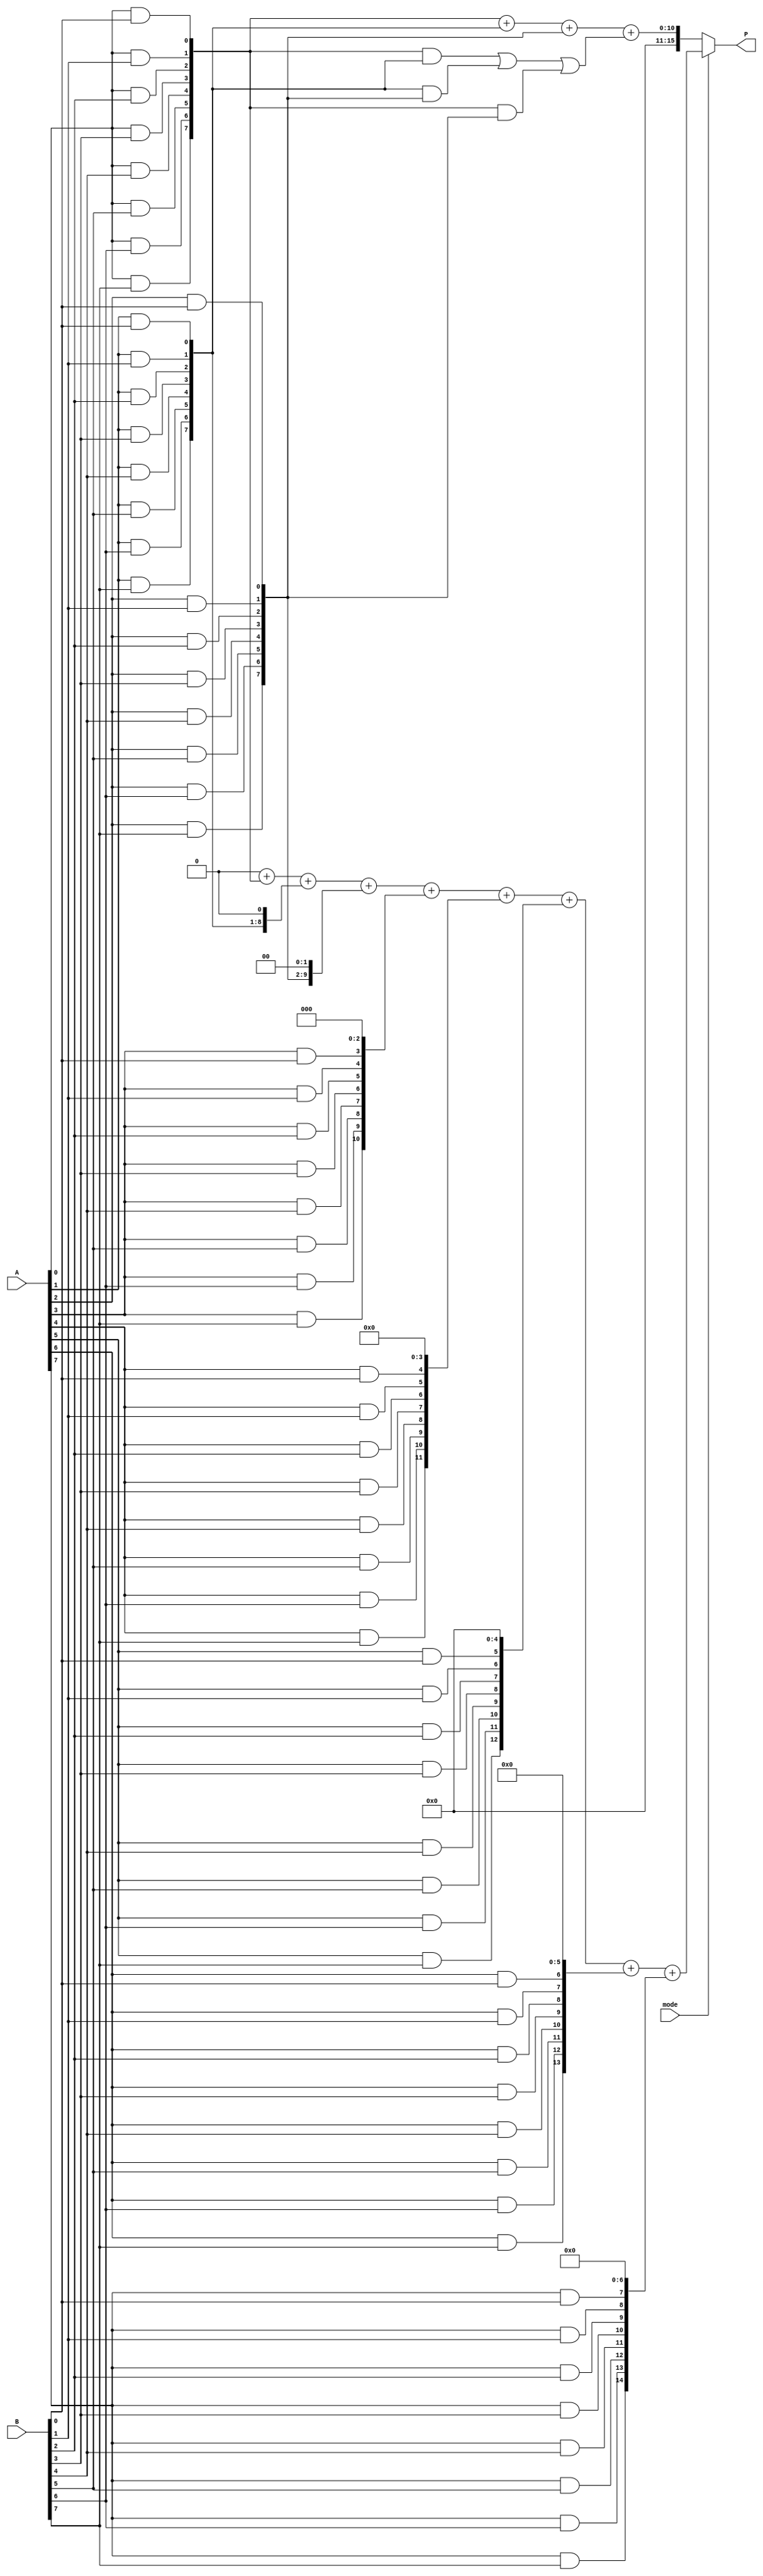
module dual_mode_multiplier #(parameter N = 8) (
    input  wire [N-1:0] A,        // Operand A
    input  wire [N-1:0] B,        // Operand B
    input  wire mode,              // Mode select (0: Wallace Tree, 1: Array Multiplier)
    output reg [2*N-1:0] P        // Product output
);

    // Internal signals for partial products
    wire [N-1:0] partial_products[N-1:0];
    wire [2*N-1:0] wallace_result;
    wire [2*N-1:0] array_result;

    // Generate partial products
    genvar i, j;
    generate
        for (i = 0; i < N; i = i + 1) begin : pp_gen
            for (j = 0; j < N; j = j + 1) begin : pp_and
                assign partial_products[i][j] = A[i] & B[j];
            end
        end
    endgenerate

    // Wallace Tree Multiplier Implementation
    wire [2*N-1:0] wallace_sum;
    wire [N-1:0] carry_out;

    // Wallace tree reduction logic (simplified for illustration)
    // This part would require a more complex implementation for a complete Wallace tree
    // Here we just sum the first few rows as an example
    assign wallace_sum = partial_products[0] + partial_products[1] + partial_products[2]; // Example summation
    assign carry_out = (partial_products[0] & partial_products[1]) | (partial_products[1] & partial_products[2]) | (partial_products[0] & partial_products[2]);
    assign wallace_result = wallace_sum + carry_out;

    // Array Multiplier Implementation
    reg [2*N-1:0] array_sum;
    integer k;

    always @(*) begin
        array_sum = 0;
        for (k = 0; k < N; k = k + 1) begin
            array_sum = array_sum + (partial_products[k] << k);
        end
    end
    assign array_result = array_sum;

    // Mode Selection Logic
    always @(*) begin
        if (mode == 0) begin
            P = wallace_result; // Wallace tree result
        end else begin
            P = array_result;    // Array multiplier result
        end
    end

endmodule